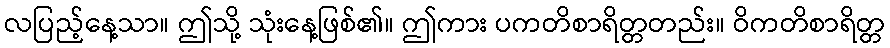
လပြည့်နေ့သာ။ ဤသို့ သုံးနေ့ဖြစ်၏။ ဤကား ပကတိစာရိတ္တတည်း။ ဝိကတိစာရိတ္တ